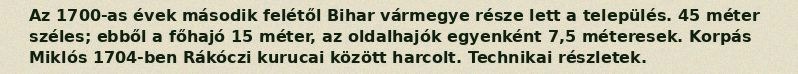
Az 1700-as évek második felétől Bihar vármegye része lett a település. 45 méter széles; ebből a főhajó 15 méter, az oldalhajók egyenként 7,5 méteresek. Korpás Miklós 1704-ben Rákóczi kurucai között harcolt. Technikai részletek.